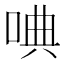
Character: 唺